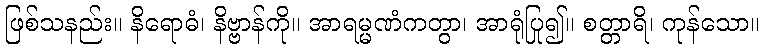
ဖြစ်သနည်း။ နိရောဓံ၊ နိဗ္ဗာန်ကို။ အာရမ္မဏံကတွာ၊ အာရုံပြု၍။ စတ္တာရိ၊ ကုန်သော။